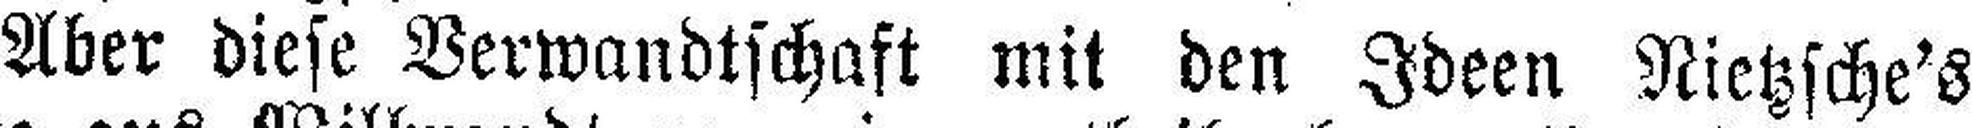
Aber diese Verwandtschaft mit den Ideen Nietzsche's